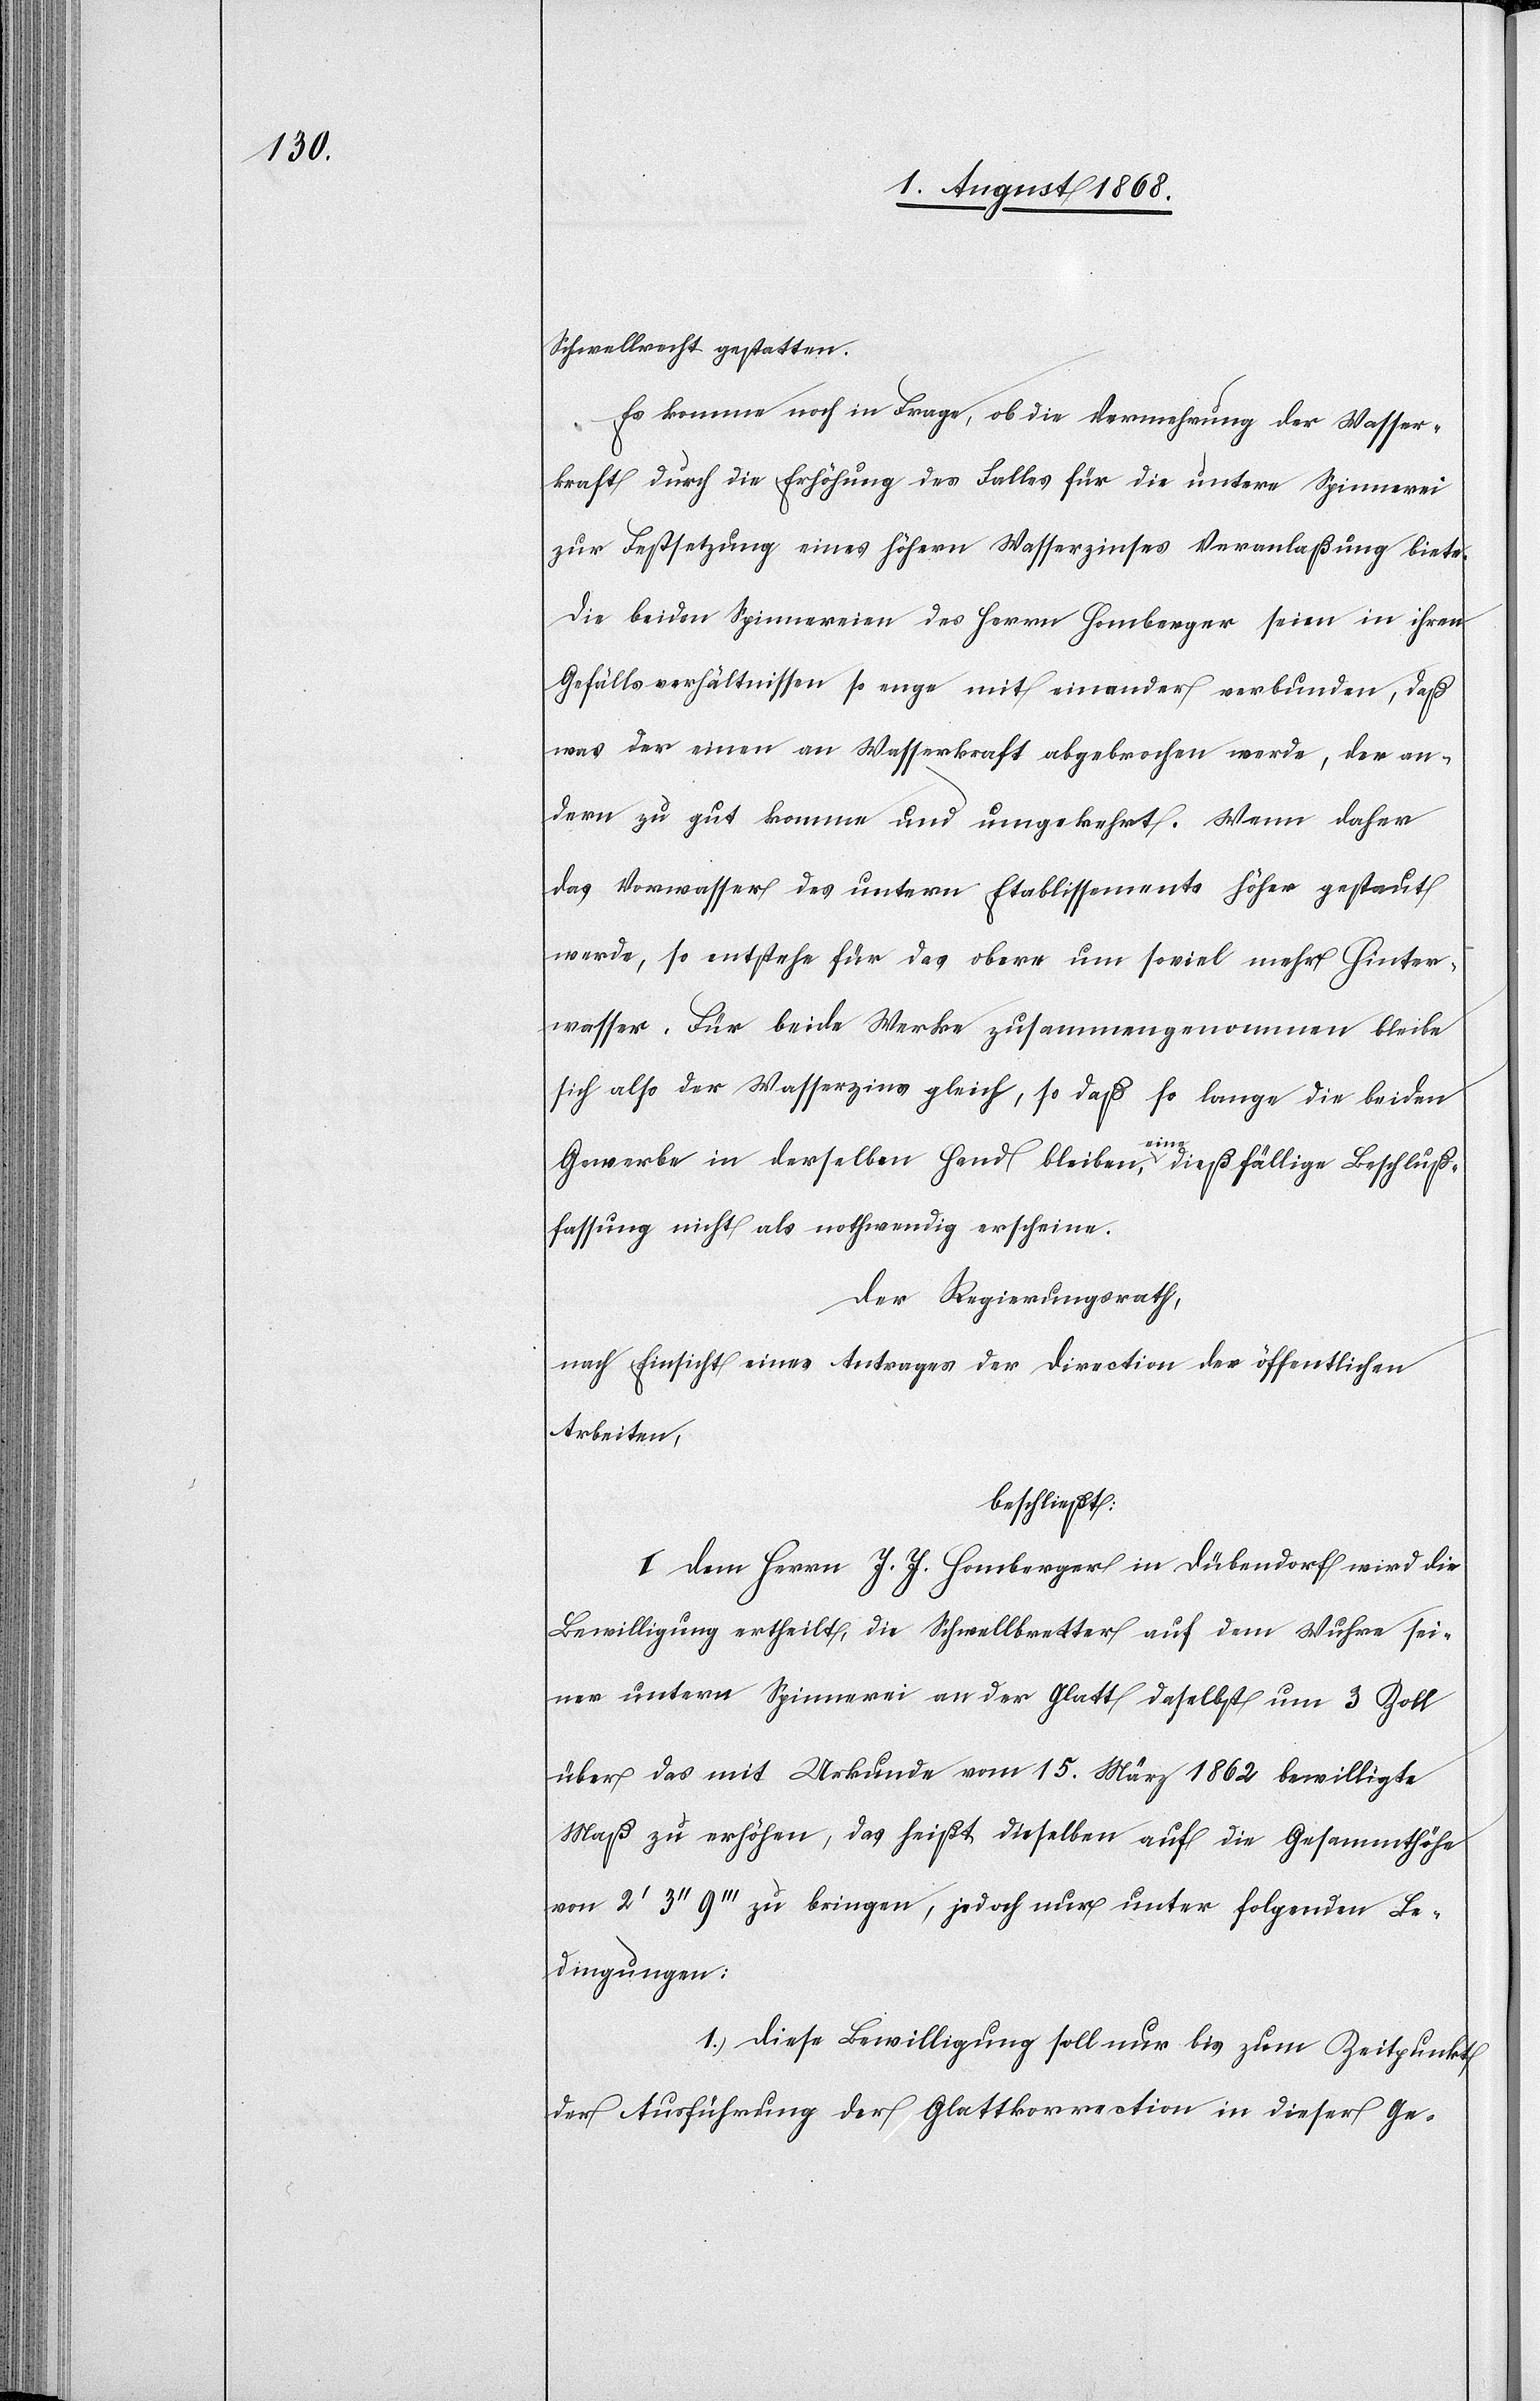
Schwellrecht gestatten.
Es komme noch in Frage, ob die Vermehrung der Wasser¬
kraft durch die Erhöhung des Falles für die untere Spinnerei
zur Festsetzung eines höhern Wasserzinses Veranlaßung biete.
Die beiden Spinnereien des Herrn Homberger seien in ihren
Gefällsverhältnissen so enge mit einander verbunden, daß
was der einen an Wasserkraft abgebrochen werde, der an¬
dern zu gut komme und umgekehrt. Wenn daher
das Vorwasser des untern Etablissements höher gestaut
werde, so entstehe für das obere um soviel mehr Hinter¬
wasser. Für beide Werke zusammengenommen bleibe
sich also der Wasserzins gleich, so daß so lange die beiden
Gewerbe in derselben Hand bleiben, eine dießfällige Beschluß¬
fassung nicht als nothwendig erscheine.
Der Regierungsrath,
nach Einsicht eines Antrages der Direction der öffentlichen
Arbeiten,
beschließt:
I. Dem Herrn J. J. Homberger in Dübendorf wird die
Bewilligung ertheilt, die Schwellbretter auf dem Wuhre sei¬
ner untern Spinnerei an der Glatt daselbst um 3 Zoll
über das mit Urkunde vom 15. März 1862 bewilligte
Maß zu erhöhen, das heißt dieselben auf die Gesammthöhe
von 2‘ 3‘‘ 9‘‘‘ zu bringen, jedoch nur unter folgenden Be¬
dingungen:
1. Diese Bewilligung soll nur bis zum Zeitpunkt
der Ausführung der Glattkorrection in dieser Ge-